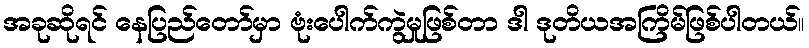
အခုဆိုရင် နေပြည်တော်မှာ ဗုံးပေါက်ကွဲမှုဖြစ်တာ ဒါ ဒုတိယအကြိမ်ဖြစ်ပါတယ်။